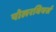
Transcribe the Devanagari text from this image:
पोलरबियर्स